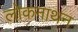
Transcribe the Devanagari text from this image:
लोकनाथन